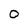
Character: 0